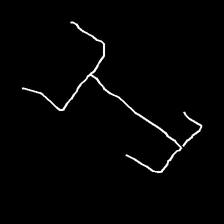
Glyph: entwine